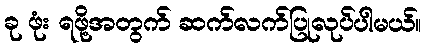
ခု ဖုံး ရဖို့အတွက် ဆက်လက်ပြုလုပ်ပါမယ်။